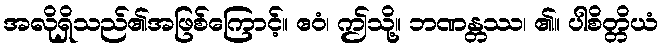
အလိုရှိသည်၏အဖြစ်ကြောင့်။ ဧဝံ၊ ဤသို့။ ဘဏန္တဿ၊ ၏။ ပါစိတ္တိယံ